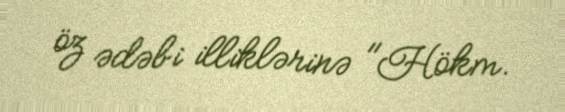
öz ədəbi illiklərinə "Hökm.